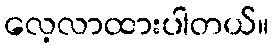
လေ့လာထားပါတယ်။